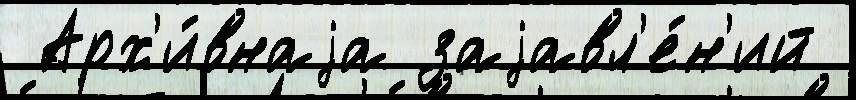
 Арх'и́внаjа заjавл'е́н'ий